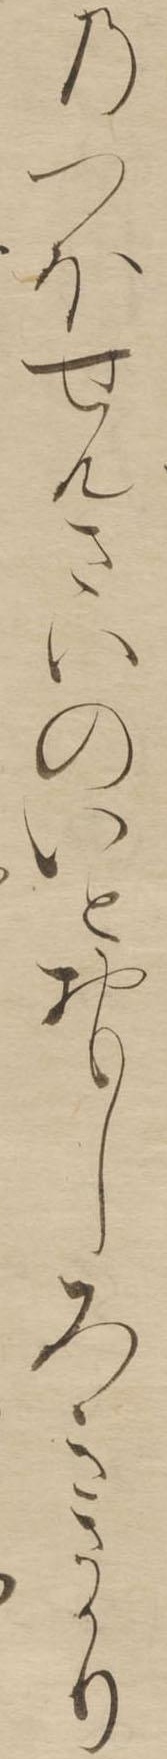
のつほせんさいのいとおもしろきさかり